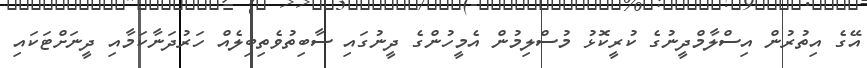
އޭގެ އިތުރުން އިސްލާމްދީނުގެ ކުރީކޮޅު މުސްލިމުން އެމީހުންގެ ދީނުގައި ސާބިތުވެތިބިލެއް ހަރުދަނާކަމާއި ދީނަށްޓަކައި